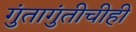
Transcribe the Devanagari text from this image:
गुंतागुंतीचीही